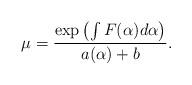
LaTeX: \begin{align*}\mu = \frac{\exp \left(\int F(\alpha)d\alpha \right)}{a(\alpha)+b}.\end{align*}